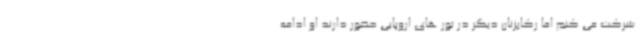
شرکت می کنم اما رکابزنان دیگر در تور های اروپایی حضور دارند او ادامه